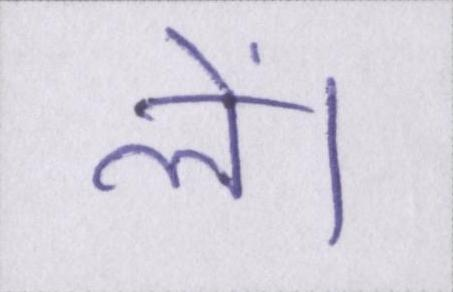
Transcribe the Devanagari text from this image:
लें।